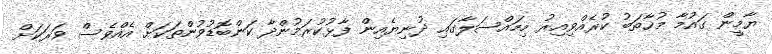
ޔާމީން ގައުމާ މުޚާތަބު ކުރެއްވިއިރު މިމައްސަލާގައި ދުނިޔެއިން ފާޅުކުރަމުންދާ ކަންބޮޑުވުންތަކަށް އެއްވެސް ވަރަކަށް